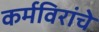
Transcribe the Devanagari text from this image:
कर्मविरांचे